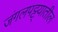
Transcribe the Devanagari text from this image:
जंगलपट्ट्यातील